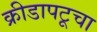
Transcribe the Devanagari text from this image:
क्रीडापटूचा